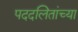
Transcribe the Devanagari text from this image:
पददलितांच्या